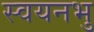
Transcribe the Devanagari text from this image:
स्वयनभु